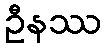
ဦနဿ